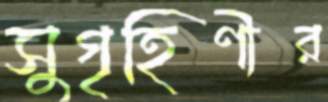
সুগৃহিণীর